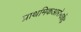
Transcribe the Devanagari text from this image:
प्राथमिकआरोग्यकेंद्र